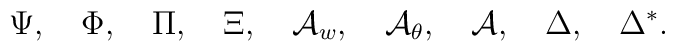
\Psi,~~~\Phi,~~~\Pi,~~~\Xi,~~~{\cal A}_{w},~~~{\cal A}_{\theta},~~~{\cal A},~~~\Delta,~~~ \Delta^*.